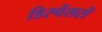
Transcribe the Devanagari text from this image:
डिस्पेंसरों